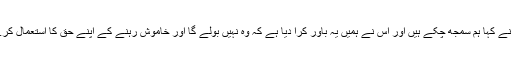
برٹن نے کہا ہم سمجھ چکے ہیں اور اس نے ہمیں یہ باور کرا دیا ہے کہ وہ نہیں بولے گا اور خاموش رہنے کے اپنے حق کا استعمال کرے گا۔